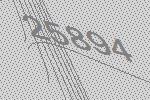
25894